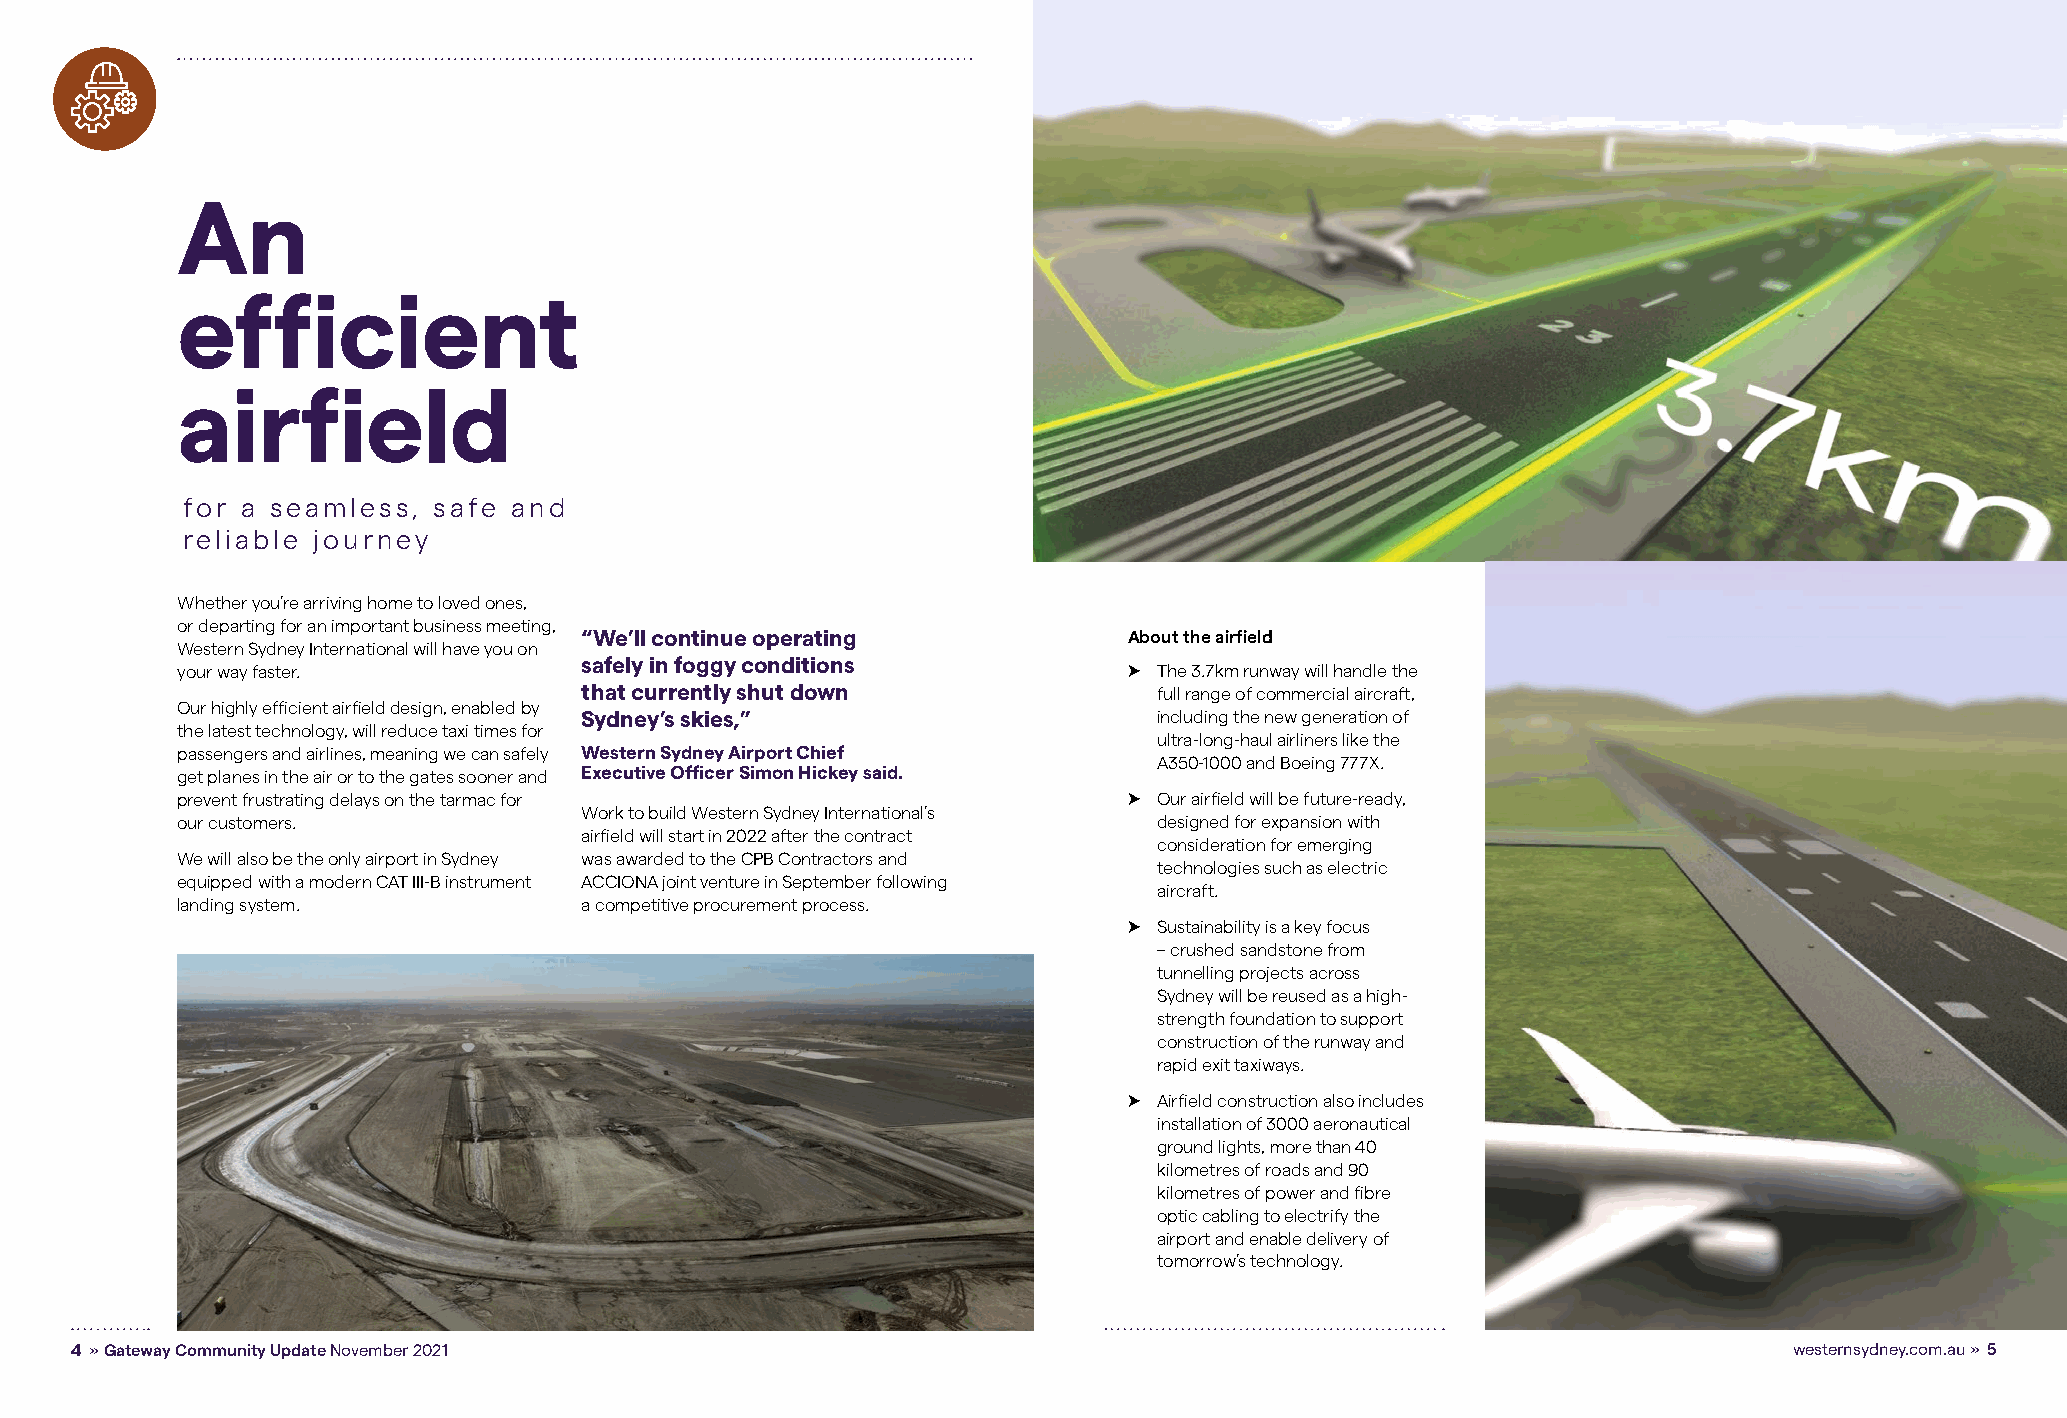
An
 efficient
 airfield
 for a seamless,  safe and
 reliable journey
 Whether you’re arriving home to loved ones,
 or departing for an important business meeting,
 “We’ll continue operating            About the airfield
 Western Sydney International will have you on
 safely in foggy conditions
 your way faster.                                               ➤ The 3.7km runway will handle the
 that currently shut down               full range of commercial aircraft,
 Our highly efficient airfield design, enabled by
 Sydney’s skies,”                       including the new generation of
 the latest technology, will reduce taxi times for
 ultra-long-haul airliners like the
 passengers and airlines, meaning we can safely Western Sydney Airport Chief
 A350-1000 and Boeing 777X.
 get planes in the air or to the gates sooner and Executive Officer Simon Hickey said.
 prevent frustrating delays on the tarmac for                   ➤ Our airfield will be future-ready,
 Work to build Western Sydney International’s
 our customers.                                                   designed for expansion with
 airfield will start in 2022 after the contract
 consideration for emerging
 We will also be the only airport in Sydney was awarded to the CPB Contractors and
 technologies such as electric
 equipped with a modern CAT III-B instrument ACCIONA joint venture in September following
 aircraft.
 landing system.           a competitive procurement process.
 ➤ Sustainability is a key focus
 – crushed sandstone from
 tunnelling projects across
 Sydney will be reused as a high-
 strength foundation to support
 construction of the runway and
 rapid exit taxiways.
 ➤ Airfield construction also includes
 installation of 3000 aeronautical
 ground lights, more than 40
 kilometres of roads and 90
 kilometres of power and fibre
 optic cabling to electrify the
 airport and enable delivery of
 tomorrow’s technology.
 4 » Gateway Community Update November 2021                                                                        westernsydney.com.au » 5